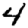
Digit: 4